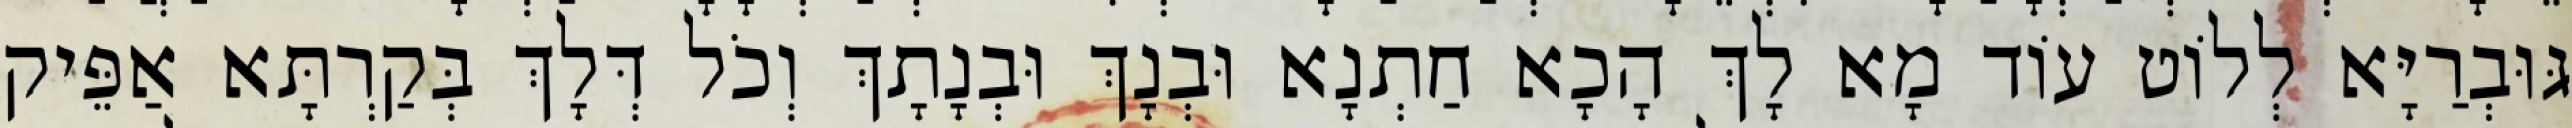
גּוּבְרַיָּא לְלוֹט עוֹד מָא לָךְ הָכָא חַתְנָא וּבְנָךְ וּבְנָתָךְ וְכֹל דְּלָךְ בְּקַרְתָּא אַפֵּיק